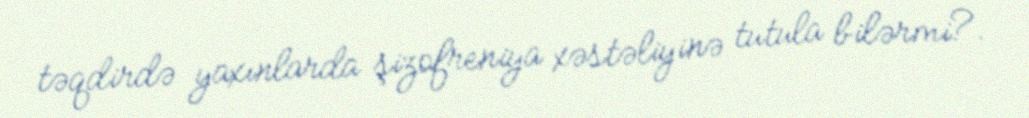
təqdirdə yaxınlarda şizofreniya xəstəliyinə tutula bilərmi?.